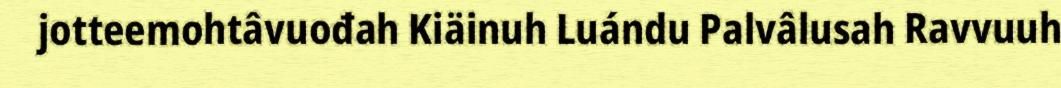
jotteemohtâvuođah Kiäinuh Luándu Palvâlusah Ravvuuh